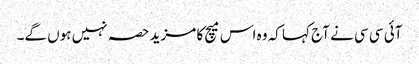
آئی سی سی نے آج کہا کہ وہ اس میچ کا مزید حصہ نہیں ہوں گے۔